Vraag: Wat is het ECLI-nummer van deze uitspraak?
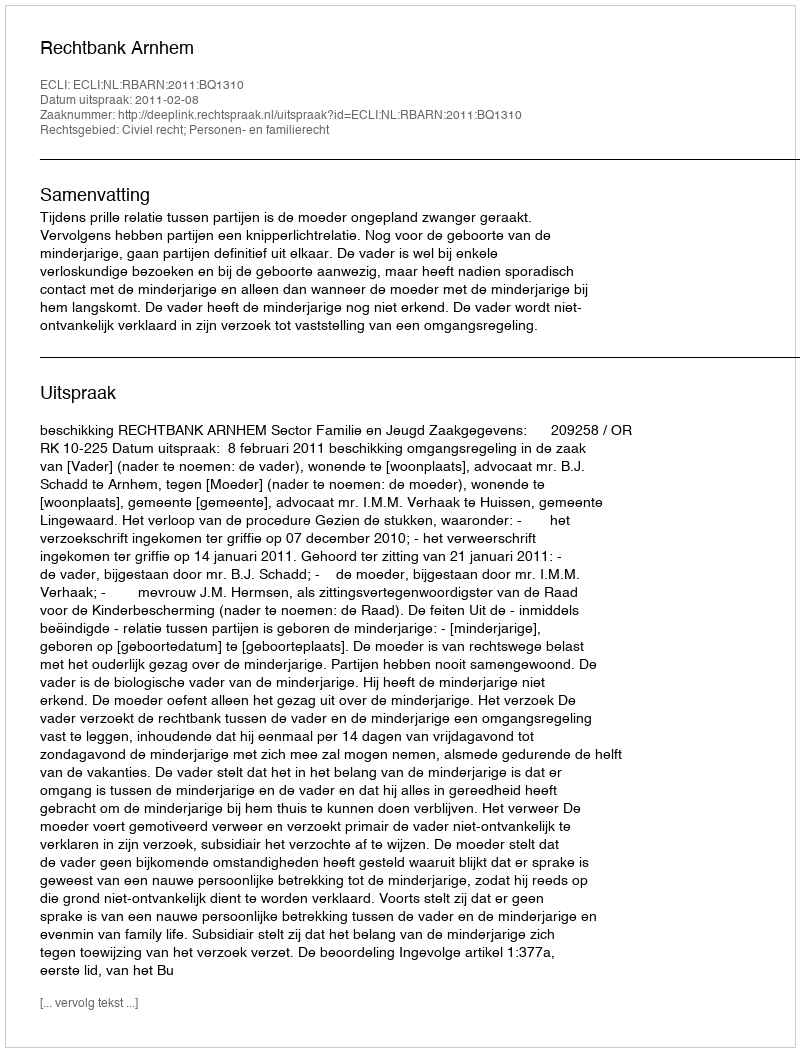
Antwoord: ECLI:NL:RBARN:2011:BQ1310